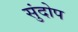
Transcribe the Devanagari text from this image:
सुंदोप